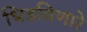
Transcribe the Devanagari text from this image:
भिडविणारे